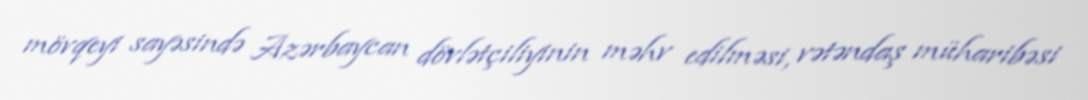
mövqeyi sayəsində Azərbaycan dövlətçiliyinin məhv edilməsi, vətəndaş müharibəsi